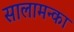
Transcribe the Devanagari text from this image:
सालामन्का